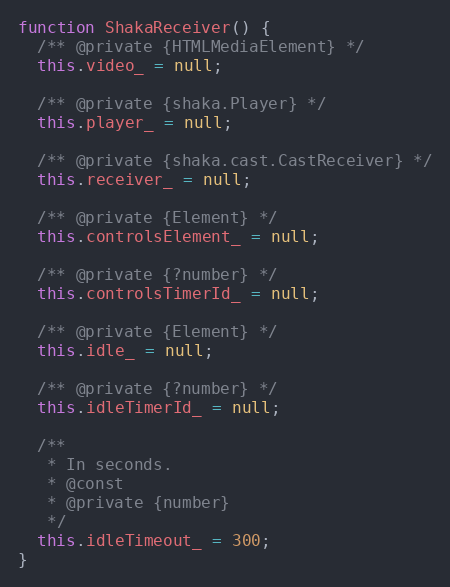
Language: JavaScript
function ShakaReceiver() {
  /** @private {HTMLMediaElement} */
  this.video_ = null;

  /** @private {shaka.Player} */
  this.player_ = null;

  /** @private {shaka.cast.CastReceiver} */
  this.receiver_ = null;

  /** @private {Element} */
  this.controlsElement_ = null;

  /** @private {?number} */
  this.controlsTimerId_ = null;

  /** @private {Element} */
  this.idle_ = null;

  /** @private {?number} */
  this.idleTimerId_ = null;

  /**
   * In seconds.
   * @const
   * @private {number}
   */
  this.idleTimeout_ = 300;
}